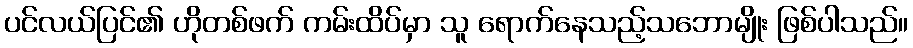
ပင်လယ်ပြင်၏ ဟိုတစ်ဖက် ကမ်းထိပ်မှာ သူ ရောက်နေသည့်သဘောမျိုး ဖြစ်ပါသည်။